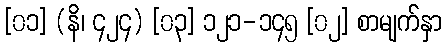
[၀၁] (နိ၊ ၄၂၄) [၀၃] ၁၂၁-၁၄၅ [၀၂] စာမျက်နှာ